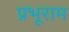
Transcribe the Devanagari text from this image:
प्रभूराम